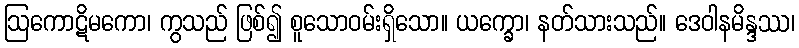
ဩကောဋိမကော၊ ကွသည် ဖြစ်၍ စူသောဝမ်းရှိသော။ ယက္ခော၊ နတ်သားသည်။ ဒေဝါနမိန္ဒဿ၊